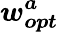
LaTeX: \boldsymbol{w_{opt}^{a}}